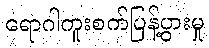
ရောဂါကူးစက်ပြန့်ပွားမှု